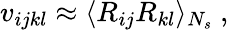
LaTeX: v_{ijkl}\approx\langle{R_{ij}}{R_{kl}}\rangle_{N_{s}}~,